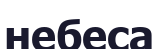
небеса